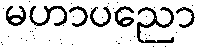
မဟာပညော